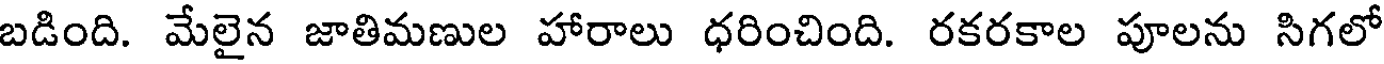
బడింది. మేలైన జాతిమణుల హారాలు ధరించింది. రకరకాల పూలను సిగలో